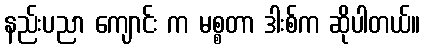
နည်းပညာ ကျောင်း က မစ္စတာ ဒါးစ်က ဆိုပါတယ်။